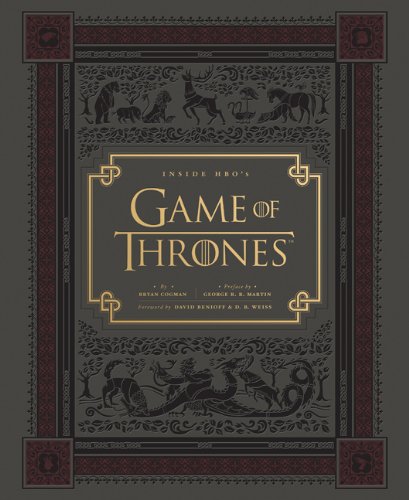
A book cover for Inside HBO's Game of Thrones: Seasons 1 & 2; Bryan Cogman; Humor & Entertainment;